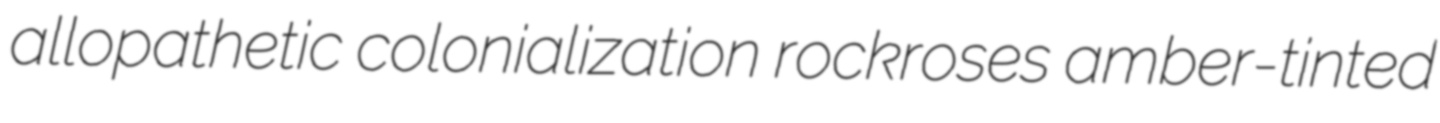
allopathetic colonialization rockroses amber-tinted